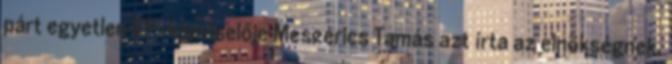
párt egyetlen EP-képviselője Meszerics Tamás azt írta az elnökségnek,